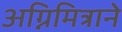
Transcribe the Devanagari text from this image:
अग्निमित्राने